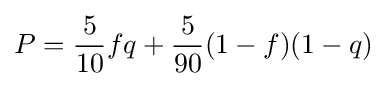
P={\frac {5}{10}}fq+{\frac {5}{90}}(1-f)(1-q)